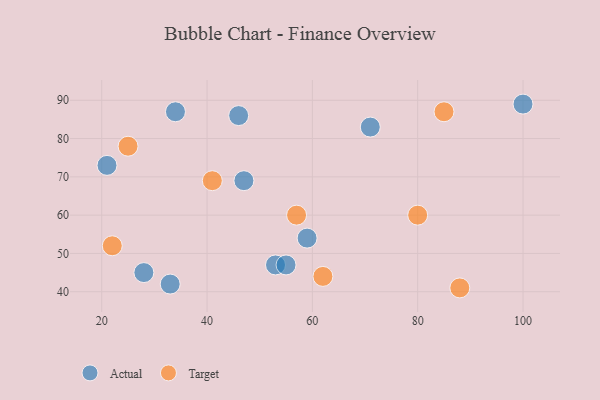
{"axis": {"x": "GDP", "y": "Life Expectancy"}, "legend": ["Actual", "Target"], "data": [{"x": "34", "y": 87, "type": "Actual"}, {"x": "33", "y": 42, "type": "Actual"}, {"x": "46", "y": 86, "type": "Actual"}, {"x": "53", "y": 47, "type": "Actual"}, {"x": "21", "y": 73, "type": "Actual"}, {"x": "71", "y": 83, "type": "Actual"}, {"x": "55", "y": 47, "type": "Actual"}, {"x": "28", "y": 45, "type": "Actual"}, {"x": "47", "y": 69, "type": "Actual"}, {"x": "59", "y": 54, "type": "Actual"}, {"x": "100", "y": 89, "type": "Actual"}, {"x": "80", "y": 60, "type": "Target"}, {"x": "85", "y": 87, "type": "Target"}, {"x": "57", "y": 60, "type": "Target"}, {"x": "22", "y": 52, "type": "Target"}, {"x": "25", "y": 78, "type": "Target"}, {"x": "62", "y": 44, "type": "Target"}, {"x": "88", "y": 41, "type": "Target"}, {"x": "41", "y": 69, "type": "Target"}]}